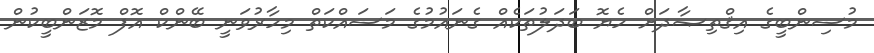
މުސިންބީގެ އިޤްތިޞާދަށް ހެޔޮ ބަދަލުތަކެއް ގެނައުމުގެ މަސައްކަތް މިހާރުވަނީ ބޭންކް އޮފް މޮޒަންބީކުން